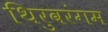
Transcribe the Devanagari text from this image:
थिरुवरंगम